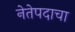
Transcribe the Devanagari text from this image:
नेतेपदाचा